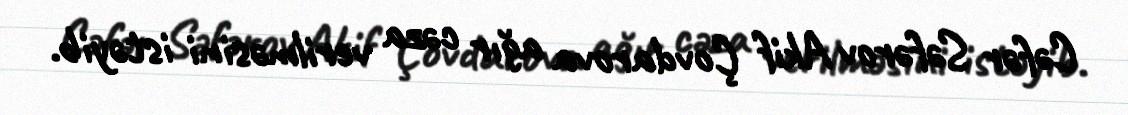
Cəfər Səfərov Akif Çovdarova ağır cəza verilməsini istəyib.